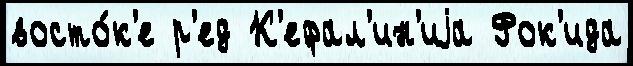
восто́к'е р'ед К'ефал'ин'иjа Фок'ида